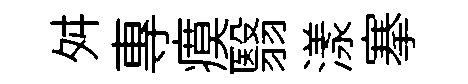
舛專瘼翳漾搴